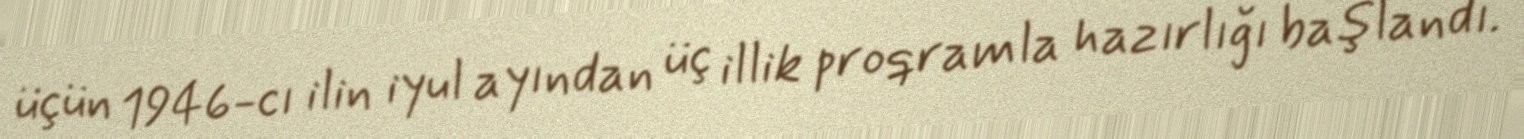
üçün 1946-cı ilin iyul ayından üç illik proqramla hazırlığı başlandı.